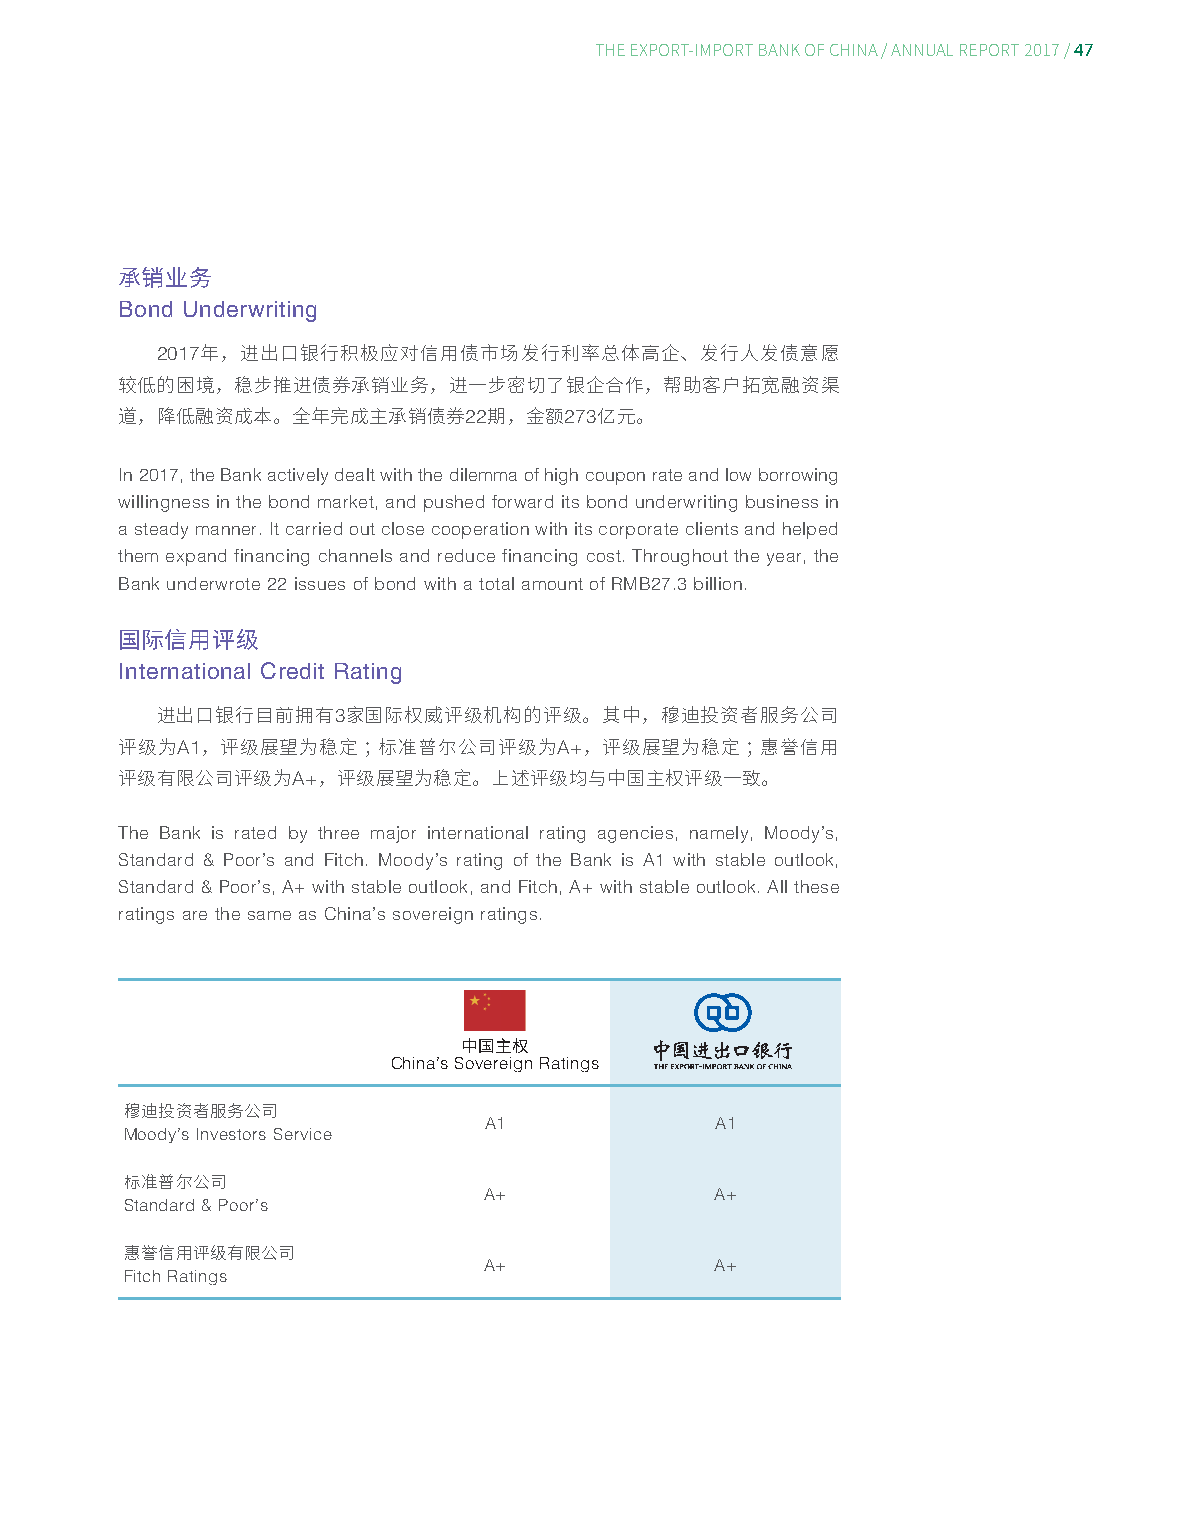
47
 THE EXPORT-IMPORT BANK OF CHINA/ ANNUAL REPORT 2017/
 承销业务
 Bond Underwriting
 2017
 年，进出口银行积极应对信用债市场发行利率总体高企、发行人发债意愿
 较低的困境，稳步推进债券承销业务，进一步密切了银企合作，帮助客户拓宽融资渠
 22    273
 道，降低融资成本。全年完成主承销债券      期，金额   亿元。
 In 2017, the Bank actively dealt with the dilemma of high coupon rate and low borrowing
 willingness in the bond market, and pushed forward its bond underwriting business in
 a steady manner. It carried out close cooperation with its corporate clients and helped
 them expand financing channels and reduce financing cost. Throughout the year, the
 Bank underwrote 22 issues of bond with a total amount of RMB27.3 billion.
 国际信用评级
 International Credit Rating
 3
 进出口银行目前拥有    家国际权威评级机构的评级。其中，穆迪投资者服务公司
 A1                       A+
 评级为  ，评级展望为稳定；标准普尔公司评级为        ，评级展望为稳定；惠誉信用
 A+
 评级有限公司评级为    ，评级展望为稳定。上述评级均与中国主权评级一致。
 The Bank is rated by three major international rating agencies, namely, Moody’s,
 Standard & Poor’s and Fitch. Moody’s rating of the Bank is A1 with stable outlook,
 Standard & Poor’s, A+ with stable outlook, and Fitch, A+ with stable outlook. All these
 ratings are the same as China’s sovereign ratings.
 China’s S中ov国er主ei权gn Ratings
 穆迪投资者服务公司               A1             A1
 Moody’s Investors Service
 标准普尔公司                  A+             A+
 Standard & Poor’s
 惠誉信用评级有限公司              A+             A+
 Fitch Ratings